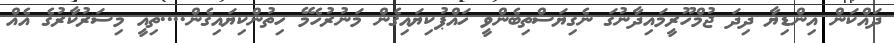
ދައްކަން އިންޑިޔާ ދިދަ ޖުމްހޫރީމައިދާނުގަ ނެގިޔަސްތިބެންވީ ހައްޕުކިޔައިގެން މަނުރުހެމޭ ހިތުންކިޔައިގެން....ތިއީ މިސަރުކާރުގެ އެއް